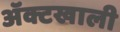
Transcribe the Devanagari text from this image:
ॲक्टखाली